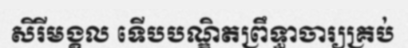
សិរីមង្គល ទើបបណ្ឌិតព្រឹទ្ធាចារ្យគ្រប់